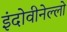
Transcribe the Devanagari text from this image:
इंदोवीनेल्लो